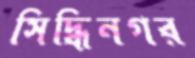
সিদ্ধিনগর